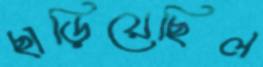
ছাড়িয়েছিল